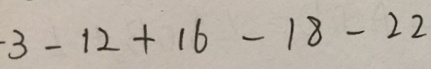
- 3 - 1 2 + 1 6 - 1 8 - 2 2